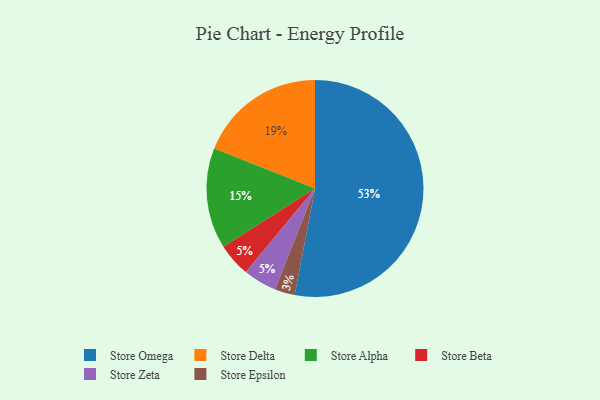
{"axis": {"x": "Category", "y": "Percentage"}, "legend": ["Store Alpha", "Store Beta", "Store Delta", "Store Epsilon", "Store Omega", "Store Zeta"], "data": [{"x": "Store Epsilon", "y": 3, "type": "Store Epsilon"}, {"x": "Store Omega", "y": 53, "type": "Store Omega"}, {"x": "Store Alpha", "y": 15, "type": "Store Alpha"}, {"x": "Store Delta", "y": 19, "type": "Store Delta"}, {"x": "Store Beta", "y": 5, "type": "Store Beta"}, {"x": "Store Zeta", "y": 5, "type": "Store Zeta"}]}